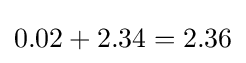
0.02+2.34=2.36